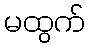
မထွက်